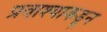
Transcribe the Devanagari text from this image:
प्रवाश्याकडून